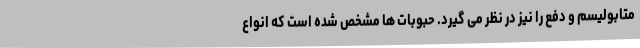
متابولیسم و دفع را نیز در نظر می گیرد. حبوبات ها مشخص شده است که انواع